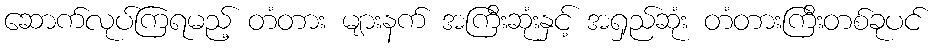
ဆောက်လုပ်ကြရမည့် တံတား များနက် အကြီးဆုံးနှင့် အရှည်ဆုံး တံတားကြီးတစ်ခုပင်